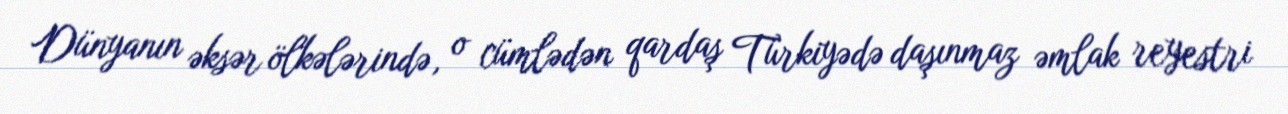
Dünyanın əksər ölkələrində, o cümlədən qardaş Türkiyədə daşınmaz əmlak reyestri